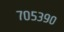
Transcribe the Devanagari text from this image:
७०५३९०